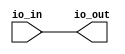
/* Automatically generated from https://wokwi.com/projects/339501025136214612 */

`default_nettype none

module user_module_339501025136214612(
  input [7:0] io_in,
  output [7:0] io_out
);
  wire net1 = io_in[0];
  wire net2 = io_in[1];
  wire net3 = io_in[2];
  wire net4 = io_in[3];
  wire net5 = io_in[4];
  wire net6 = io_in[5];
  wire net7 = io_in[6];
  wire net8 = io_in[7];
  wire net9 = 1'b0;
  wire net10 = 1'b1;
  wire net11 = 1'b1;

  assign io_out[0] = net1;
  assign io_out[1] = net2;
  assign io_out[2] = net3;
  assign io_out[3] = net4;
  assign io_out[4] = net5;
  assign io_out[5] = net6;
  assign io_out[6] = net7;
  assign io_out[7] = net8;

endmodule